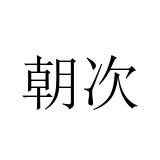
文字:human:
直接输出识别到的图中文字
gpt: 朝次